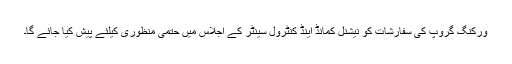
ورکنگ گروپ کی سفارشات کو نیشنل کمانڈ اینڈ کنٹرول سینٹر کے اجلاس میں حتمی منظوری کیلئے پیش کیا جائے گا۔